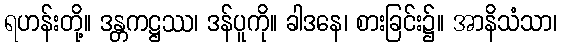
ရဟန်းတို့။ ဒန္တကဋ္ဌဿ၊ ဒန်ပူကို။ ခါဒနေ၊ စားခြင်း၌။ အာနိသံသာ၊